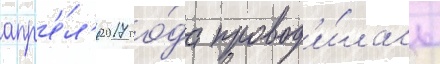
апр'е́л'я 2017 го́да провод'и́лась